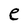
Character: e